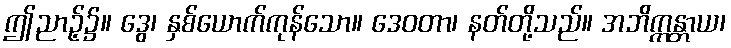
ဤညာဉ့်၌။ ဒွေ၊ နှစ်ယောက်ကုန်သော။ ဒေဝတာ၊ နတ်တို့သည်။ အဘိက္ကန္တာယ၊